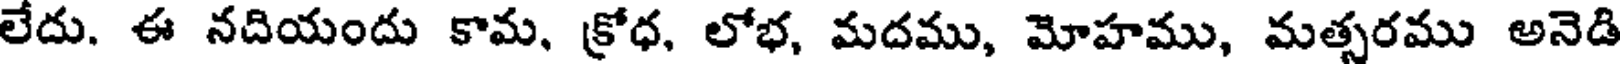
లేదు. ఈ నదియందు కామ, క్రోధ, లోభ, మదము, మోహము, మత్సరము అనెడి